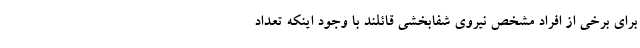
برای برخی از افراد مشخص نیروی شفابخشی قائلند با وجود اینکه تعداد